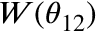
W ( \theta _ { 1 2 } )